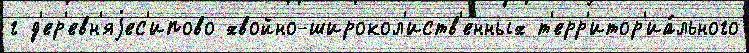
г д'ер'евн'яjес'ипово хвойно-широкол'иств'енных т'ерр'итор'иа́льного